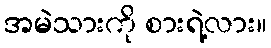
အမဲသားကို စားရဲ့လား။